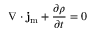
\nabla \cdot \mathbf { j } _ { \mathrm { { m } } } + { \frac { \partial \rho } { \partial t } } = 0